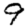
Digit: 9